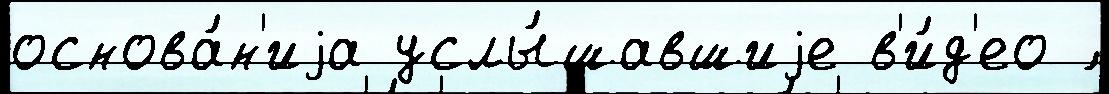
основа́н'иjа услы́шавшиjе в'и́д'ео ́